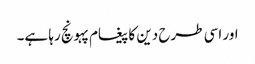
اور اسی طرح دین کا پیغام پہونچ رہا ہے۔